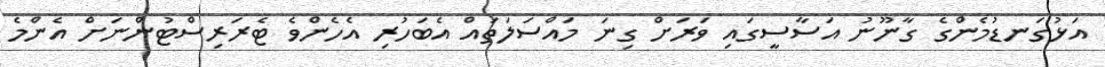
އަޅުގަނޑުމެންގެ ގާނޫނު އަސާސީގައި ވަރަށް ގިނަ މައްސަލަތައް އެބަހުރި އެހެންވެ ޓެރަރިސްޓުންނަށް އެންމެ